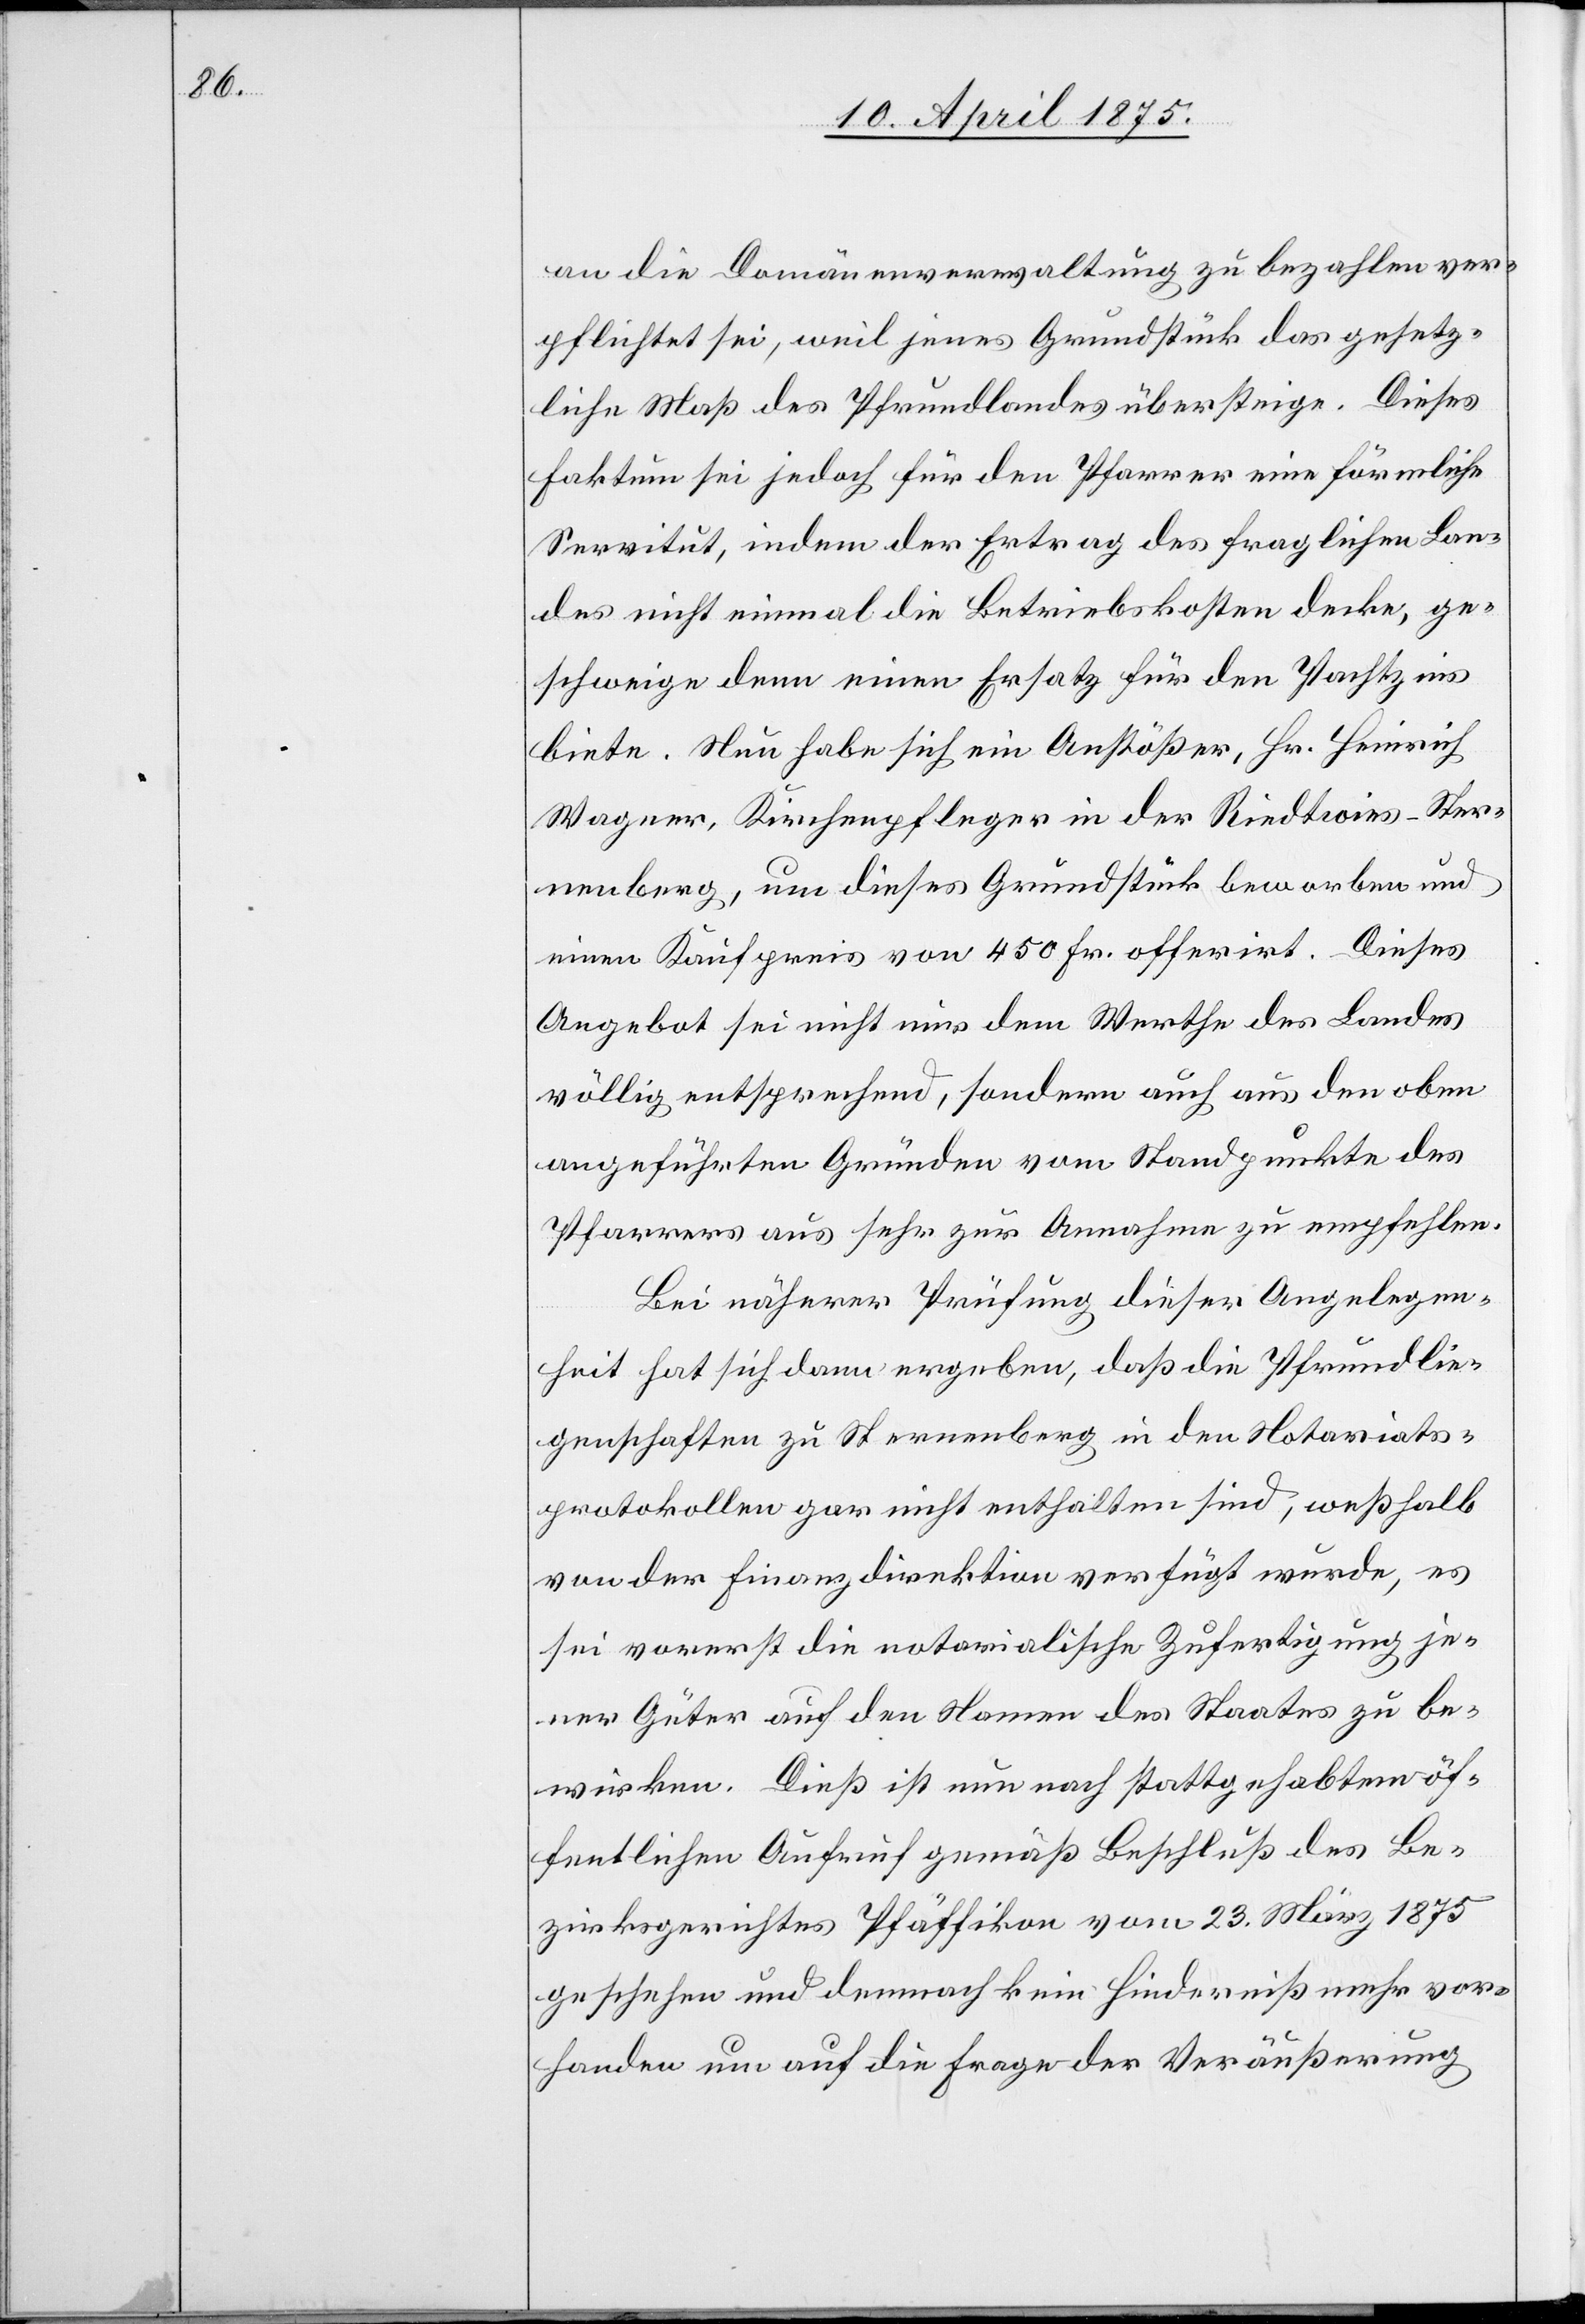
an die Domänenverwaltung zu bezahlen ver¬
pflichtet sei, weil jenes Grundstück das gesetz¬
liche Maß des Pfrundlandes übersteige. Dieses
Faktum sei jedoch für den Pfarrer eine förmliche
Servitut, indem der Ertrag des fraglichen Lan¬
des nicht einmal die Betriebskosten decke, ge¬
schweige denn einen Ersatz für den Pachtzins
biete. Neu habe sich ein Anstößer, Hr. Heinrich
Wagner, Kirchenpfleger in der Riedtwies-Ster¬
nenberg, um dieses Grundstück beworben und
einen Kaufpreis von 450 Fr. offerirt. Dieses
Angebot sei nicht nur dem Werthe des Landes
völlig entsprechend, sondern auch aus den oben
angeführten Gründen vom Standpunkte des
Pfarrers aus sehr zur Annahme zu empfehlen.
Bei näherer Prüfung dieser Angelegen¬
heit hat sich dann ergeben, daß die Pfrundlie¬
genschaften zu Sternenberg in den Notariats¬
protokollen gar nicht enthalten sind, weßhalb
von der Finanzdirektion verfügt wurde, es
sei vorerst die notarialische Zufertigung je¬
ner Güter auf den Namen des Staates zu be¬
wirken. Dieß ist nun nach stattgehabtem öf¬
fentlichen Aufruf gemäß Beschluß des Be¬
zirksgerichtes Pfäffikon vom 23. März 1875
geschehen und demnach kein Hinderniß mehr vor¬
handen um auf die Frage der Veräußerung